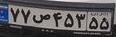
۷۷ص۴۵۳۵۵